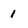
Character: 1